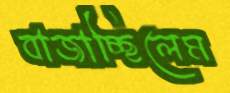
বাজাচ্ছিলেম